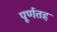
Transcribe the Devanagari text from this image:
पूर्णतह